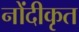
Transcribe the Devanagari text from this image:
नोंदीकृत